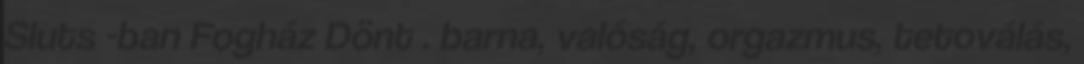
Sluts -ban Fogház Dönt . barna, valóság, orgazmus, tetoválás,